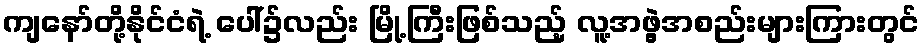
ကျနော်တို့နိုင်ငံရဲ့ ပေါ်၌လည်း မြို့ကြီးဖြစ်သည့် လူ့အဖွဲ့အစည်းများကြားတွင်